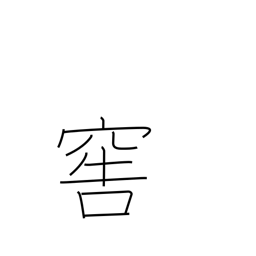
Meaning: cellar